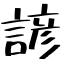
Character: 諺